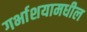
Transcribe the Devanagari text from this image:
गर्भाशयामधील